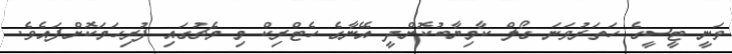
ވަނީ ޓީސީގެ ހަތަރުވަނަ ގޯލް ކާމިޔާބުކޮށްދީ އޭނާގެ ހެޓްރިކް މި މެޗުގައި ފުރިހަމަކޮށްފައެވެ.